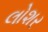
લોશર